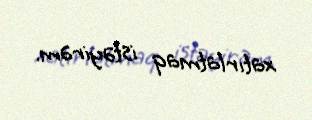
xatırlatmaq istəyirəm.